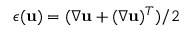
\boldsymbol { \epsilon } ( \mathbf u ) = ( \nabla \mathbf u + ( \nabla \mathbf u ) ^ { T } ) / 2